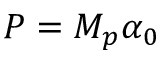
P = { { M } _ { p } } \alpha _ { 0 }